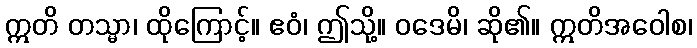
ဣတိ တသ္မာ၊ ထိုကြောင့်။ ဧဝံ၊ ဤသို့။ ဝဒေမိ၊ ဆို၏။ ဣတိအဝေါစ၊